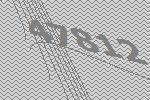
47812